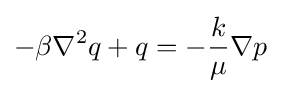
-\beta \nabla ^{2}q+q=-{\frac {k}{\mu }}\nabla p